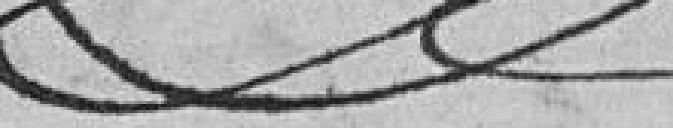
?????                     =  Etterique